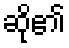
ဆို၏